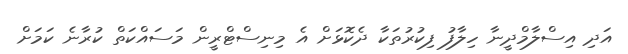
އަދި އިސްލާމްދީނާ ހިލާފު ފިކުރުތަކާ ދެކޮޅަށް އެ މިނިސްޓްރީން މަސައްކަތް ކުރާނެ ކަމަށް